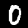
Label: 0